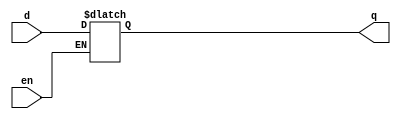
// This program was cloned from: https://github.com/paollacq/Verilog
// License: MIT License

/**************************************************
P1.1 D-LATCH BEHAVIORAL
************************************************/

module dlatch_bh(q,d,en);

	input en,d;
	output reg q;

	always@(en,q)
		if(en) q=d;

endmodule